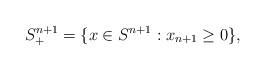
LaTeX: \begin{align*}S^{n+1}_+ = \{ x\in S^{n+1}:x_{n+1} \geq 0\},\end{align*}